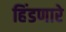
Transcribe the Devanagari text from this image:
हिंडणारे